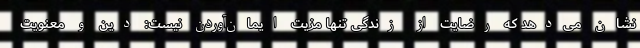
نشان می‌دهد که رضایت از زندگی تنها مزیت ایمان‌آوردن نیست: دین و معنویت